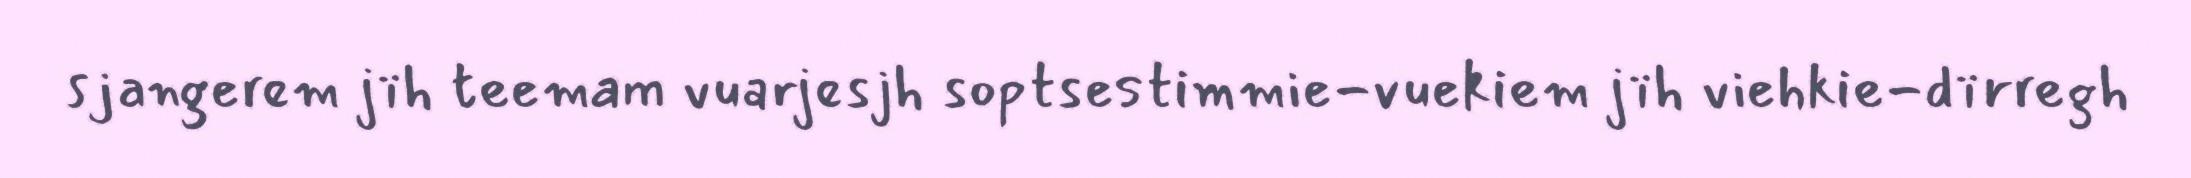
sjangerem jïh teemam vuarjesjh soptsestimmie-vuekiem jïh viehkie-dïrregh